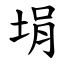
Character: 埍